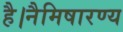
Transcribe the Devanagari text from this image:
है।नैमिषारण्य